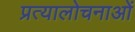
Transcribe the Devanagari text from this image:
प्रत्यालोचनाओं